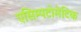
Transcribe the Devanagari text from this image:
एसिम्पटोमेटिक